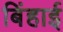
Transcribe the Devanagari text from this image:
बिंहाई